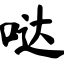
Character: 哒